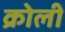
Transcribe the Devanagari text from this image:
क्रोली